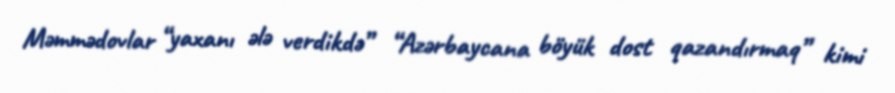
Məmmədovlar “yaxanı ələ verdikdə” “Azərbaycana böyük dost qazandırmaq” kimi